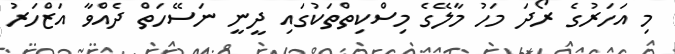
މި އަހަރުގެ ރޯދަ މަހު މާލޭގެ މިސްކިތްތަކުގައި ދީނީ ނަސޭހަތް ދެއްވާ އަޒްހަރު